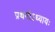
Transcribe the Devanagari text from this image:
प्रथमोऽध्यायः